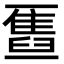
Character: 𫡹